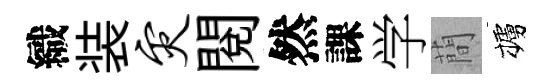
織装灾閱然課学蕳櫨